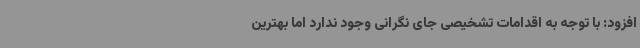
افزود: با توجه به اقدامات تشخیصی جای نگرانی وجود ندارد اما بهترین